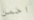
اخمن